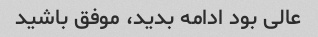
عالی بود ادامه بدید، موفق باشید